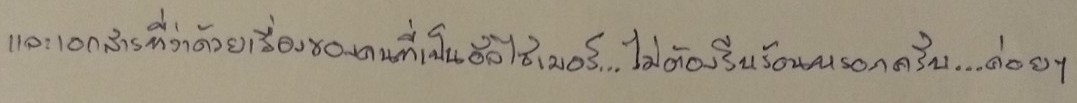
และเอกสารที่ว่าด้วยเรื่องของคนที่เป็นอัลไซเมอร์...ไม่ต้องรีบร้อนหรอกครับ...ค่อยๆ